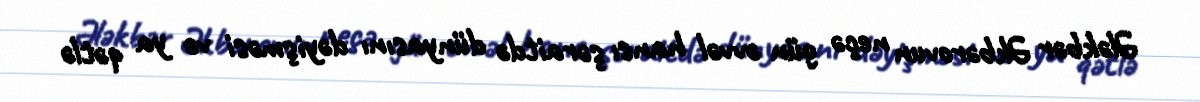
Ələkbər Əkbərovun neçə gün əvvəl hansı şəraitdə dünyasını dəyişməsi və ya qətlə